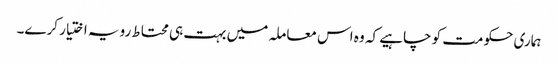
ہماری حکومت کو چاہیے کہ وہ اس معاملہ میں بہت ہی محتاط رویہ اختیار کرے۔